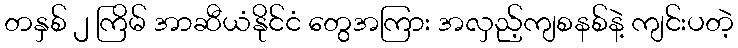
တနှစ် ၂ ကြိမ် အာဆီယံနိုင်ငံ တွေအကြား အလှည့်ကျစနစ်နဲ့ ကျင်းပတဲ့